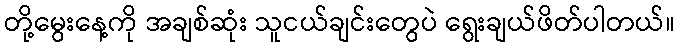
တို့မွေးနေ့ကို အချစ်ဆုံး သူငယ်ချင်းတွေပဲ ရွေးချယ်ဖိတ်ပါတယ်။